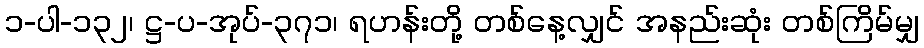
၁-ပါ-၁၃၂၊ ဋ္ဌ-ပ-အုပ်-၃၇၁၊ ရဟန်းတို့ တစ်နေ့လျှင် အနည်းဆုံး တစ်ကြိမ်မျှ